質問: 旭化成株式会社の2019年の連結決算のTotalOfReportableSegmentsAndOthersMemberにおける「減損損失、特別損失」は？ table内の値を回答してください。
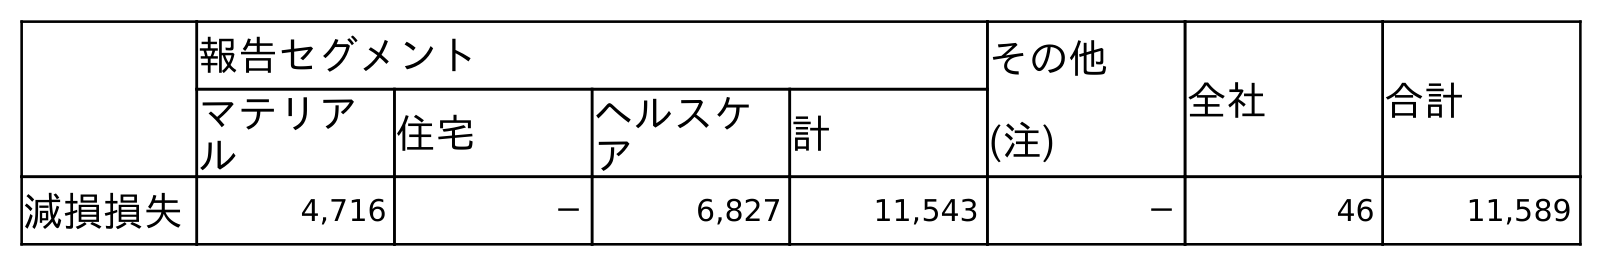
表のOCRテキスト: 報告セグメント その他 (注) 全社 合計 マテリア ル 住宅 ヘルスケ ア 計 減損損失 4,716 － 6,827 11,543 － 46 11,589
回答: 11,589